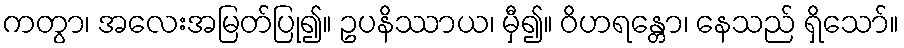
ကတွာ၊ အလေးအမြတ်ပြု၍။ ဥပနိဿာယ၊ မှီ၍။ ဝိဟရန္တော၊ နေသည် ရှိသော်။